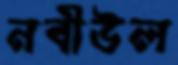
নবীউল